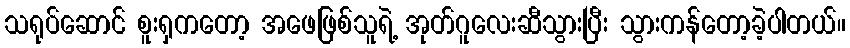
သရုပ်ဆောင် စူးရှကတော့ အဖေဖြစ်သူရဲ့ အုတ်ဂူလေးဆီသွားပြီး သွားကန်တော့ခဲ့ပါတယ်။